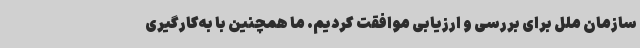
سازمان ملل برای بررسی و ارزیابی موافقت کردیم. ما همچنین با به‌کارگیری